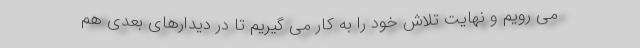
می رویم و نهایت تلاش خود را به کار می گیریم تا در دیدارهای بعدی هم